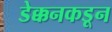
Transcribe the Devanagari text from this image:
डेक्कनकडून